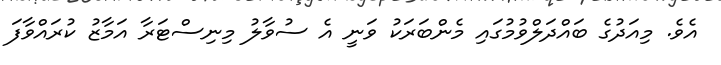
އެވެ. މިއަދުގެ ބައްދަލްވުމުގައި މެންބަރަކު ވަނީ އެ ސުވާލު މިނިސްޓަރާ އަމާޒު ކުރައްވާފަ